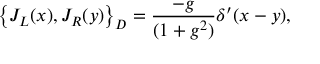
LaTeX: \left\{ J _ { L } ( x ) , J _ { R } ( y ) \right\} _ { D } = \frac { - g } { ( 1 + g ^ { 2 } ) } \delta ^ { \prime } ( x - y ) ,